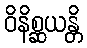
ဝိနိစ္ဆယန္တိ